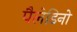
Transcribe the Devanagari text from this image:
पैलेडिनो